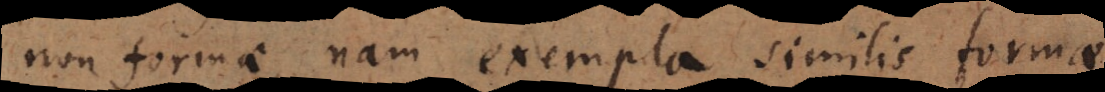
non formae, nam exempla similis formae